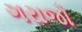
ગરાજો